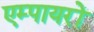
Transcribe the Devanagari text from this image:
एम्पायरों